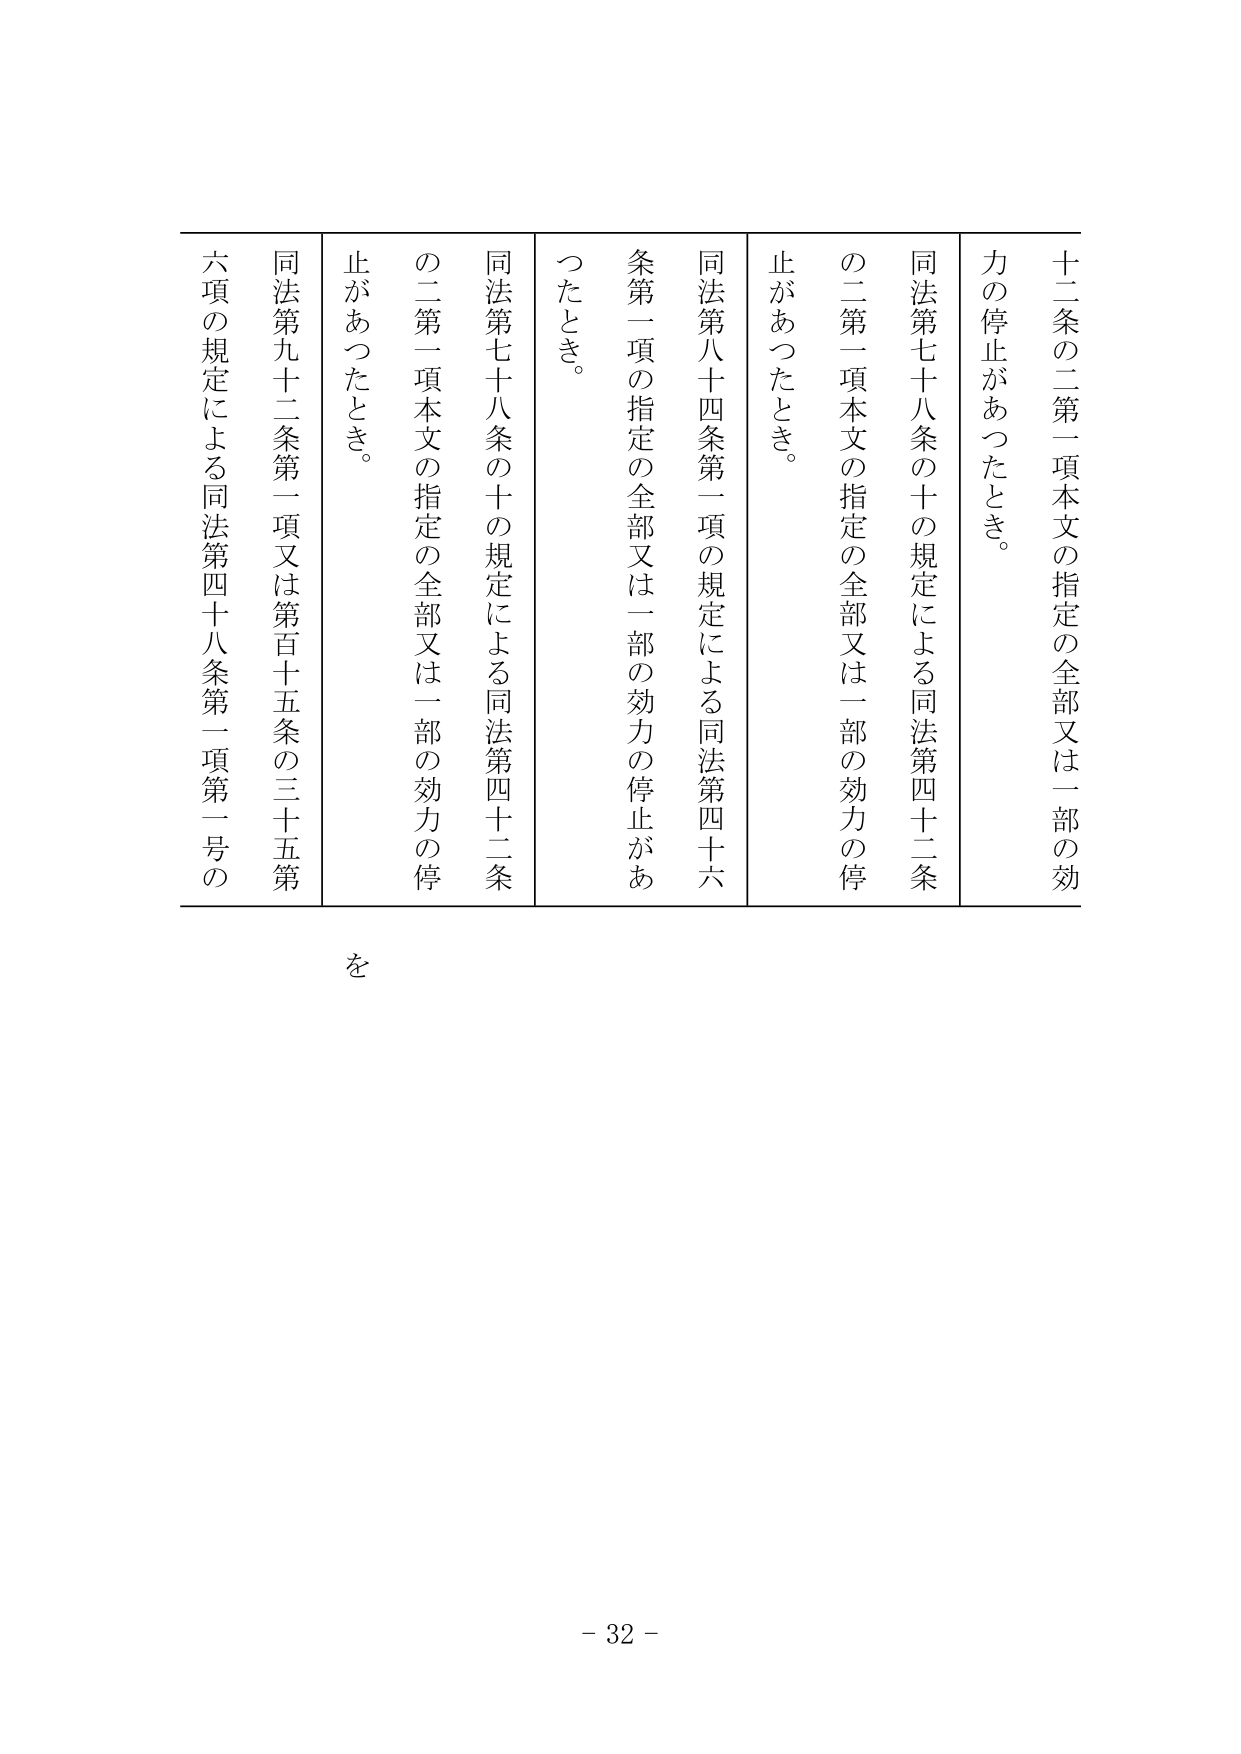
十二条の二第一項本文の指定の全部又は一部の効力の停止があったとき。

同法第七十八条の十の規定による同法第四十二条の二第一項本文の指定の全部又は一部の効力の停止があったとき。

同法第八十四条第一項の規定による同法第四十六条第一項の指定の全部又は一部の効力の停止があったとき。

同法第七十八条の十の規定による同法第四十二条の二第一項本文の指定の全部又は一部の効力の停止があったとき。

同法第九十二条第一項又は第百十五条の三十五第六項の規定による同法第四十八条第一項第一号の

を

- 32 -